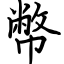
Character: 幣